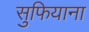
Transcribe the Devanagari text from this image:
सुफियाना